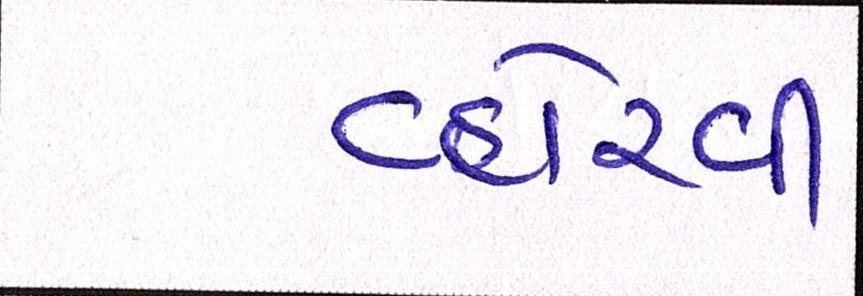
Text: વ્હોરવી